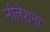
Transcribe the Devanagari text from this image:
नीलेशना